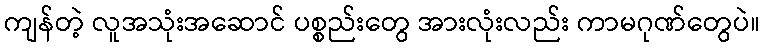
ကျန်တဲ့ လူအသုံးအဆောင် ပစ္စည်းတွေ အားလုံးလည်း ကာမဂုဏ်တွေပဲ။